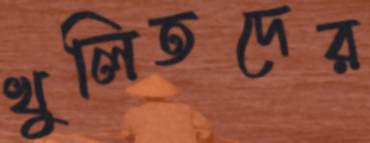
খুলিতদের